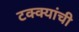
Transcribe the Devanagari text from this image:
टक्क्यांची